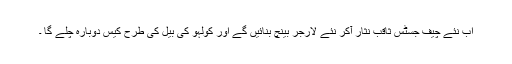
اب نئے چیف جسٹس ثاقب نثار آکر نئے لارجر بینچ بنائیں گے اور کولہو کی بیل کی طرح کیس دوبارہ چلے گا ۔